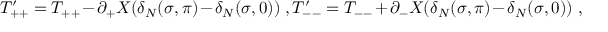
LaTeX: T _ { + + } ^ { \prime } = T _ { + + } - \partial _ { + } X ( \delta _ { N } ( \sigma , \pi ) - \delta _ { N } ( \sigma , 0 ) ) \ , T _ { -- } ^ { \prime } = T _ { -- } + \partial _ { - } X ( \delta _ { N } ( \sigma , \pi ) - \delta _ { N } ( \sigma , 0 ) ) \ ,